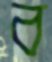
ব